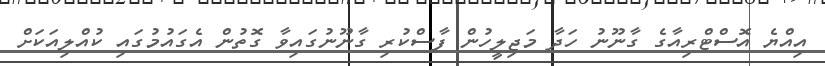
އިއްޔެ އޮސްޓްރިއާގެ ގާނޫނު ހަދާ މަޖިލީހުން ފާސްކުރި ގާނޫނުގައިވާ ގޮތުން އެގައުމުގައި ކުއްލިއަކަށް